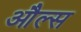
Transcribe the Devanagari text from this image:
औल्स